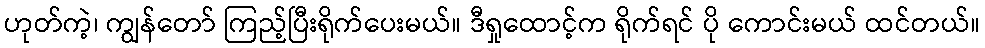
ဟုတ်ကဲ့၊ ကျွန်တော် ကြည့်ပြီးရိုက်ပေးမယ်။ ဒီရှုထောင့်က ရိုက်ရင် ပို ကောင်းမယ် ထင်တယ်။